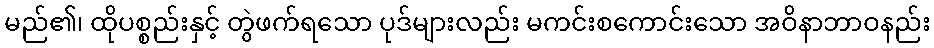
မည်၏၊ ထိုပစ္စည်းနှင့် တွဲဖက်ရသော ပုဒ်များလည်း မကင်းစကောင်းသော အဝိနာဘာဝနည်း